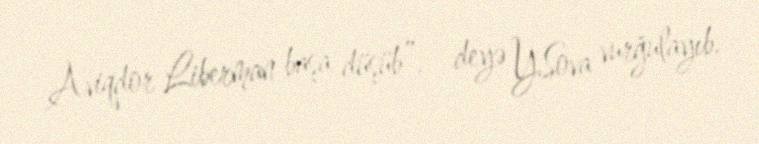
Aviqdor Liberman başa düşüb”, - deyə Y.Sova vurğulayıb.